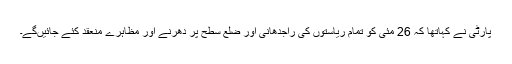
پارٹی نے کہاتھا کہ 26 مئی کو تمام ریاستوں کی راجدھانی اور ضلع سطح پر دھرنے اور مظاہرے منعقد کئے جائیں‌گے۔